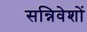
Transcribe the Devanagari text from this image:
सन्निवेशों